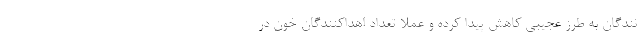
نندگان به طرز عجیبی کاهش پیدا کرده و عملا تعداد اهداکنندگان خون در